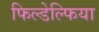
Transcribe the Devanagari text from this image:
फिल्डेल्फिया